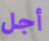
أجل